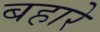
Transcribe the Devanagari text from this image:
बहारे